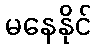
မနေနိုင်